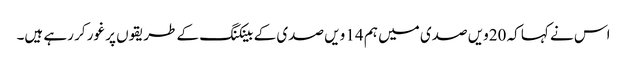
اس نے کہا کہ 20ویں صدی میں ہم 14 ویں صدی کے بینکنگ کے طریقوں پر غور کر رہے ہیں۔